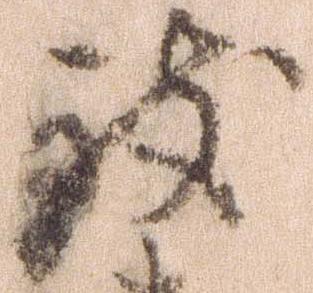
致